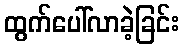
ထွက်ပေါ်လာခဲ့ခြင်း